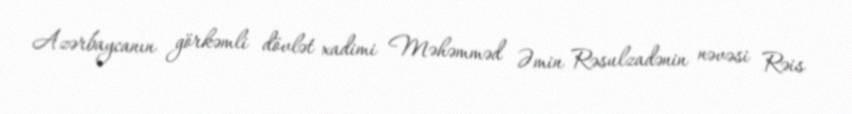
Azərbaycanın görkəmli dövlət xadimi Məhəmməd Əmin Rəsulzadənin nəvəsi Rəis